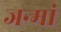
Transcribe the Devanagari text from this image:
जन्मां